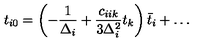
t _ { i 0 } = \left( - { \frac { 1 } { \Delta _ { i } } } + { \frac { c _ { i i k } } { 3 \Delta _ { i } ^ { 2 } } } t _ { k } \right) \bar { t } _ { i } + \dots